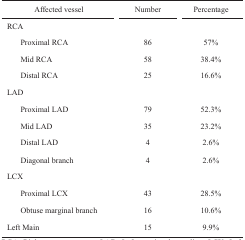
<table><thead><tr><td><b>Affected vessel</b></td><td><b>Number</b></td><td><b>Percentage</b></td></tr></thead><tbody><tr><td>RCA</td><td></td><td></td></tr><tr><td>Proximal RCA</td><td>86</td><td>57%</td></tr><tr><td>Mid RCA</td><td>58</td><td>38.4%</td></tr><tr><td>Distal RCA</td><td>25</td><td>16.6%</td></tr><tr><td>LAD</td><td></td><td></td></tr><tr><td>Proximal LAD</td><td>79</td><td>52.3%</td></tr><tr><td>Mid LAD</td><td>35</td><td>23.2%</td></tr><tr><td>Distal LAD</td><td>4</td><td>2.6%</td></tr><tr><td>Diagonal branch</td><td>4</td><td>2.6%</td></tr><tr><td>LCX</td><td></td><td></td></tr><tr><td>Proximal LCX</td><td>43</td><td>28.5%</td></tr><tr><td>Obtuse marginal branch</td><td>16</td><td>10.6%</td></tr><tr><td>Left Main</td><td>15</td><td>9.9%</td></tr></tbody></table>